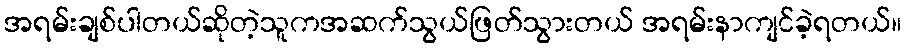
အရမ်းချစ်ပါတယ်ဆိုတဲ့သူကအဆက်သွယ်ဖြတ်သွားတယ် အရမ်းနာကျင်ခဲ့ရတယ်။